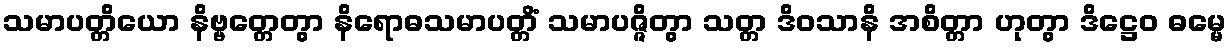
သမာပတ္တိယော နိဗ္ဗတ္တေတွာ နိရောဓသမာပတ္တိံ သမာပဇ္ဇိတွာ သတ္တ ဒိဝသာနိ အစိတ္တာ ဟုတွာ ဒိဋ္ဌေဝ ဓမ္မေ